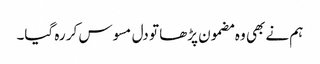
ہم نے بھی وہ مضمون پڑھا تو دل مسوس کر رہ گیا۔